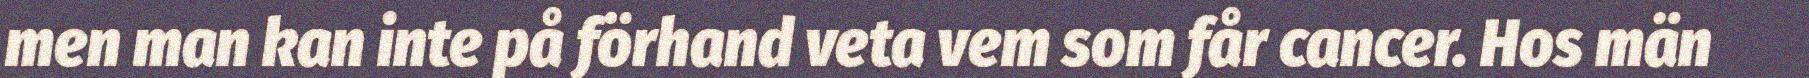
men man kan inte på förhand veta vem som får cancer. Hos män